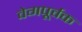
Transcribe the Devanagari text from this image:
वेगपूर्वक